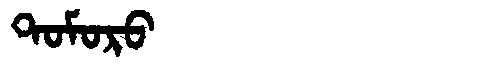
Manchu: ᡨᠣᠮᠣᡵᠣ
Romanization: TOMORO